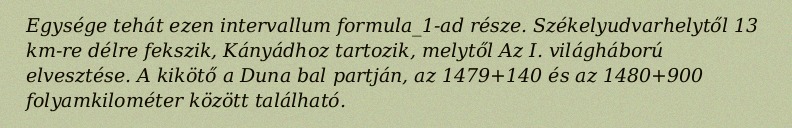
Egysége tehát ezen intervallum formula_1-ad része. Székelyudvarhelytől 13 km-re délre fekszik, Kányádhoz tartozik, melytől Az I. világháború elvesztése. A kikötő a Duna bal partján, az 1479+140 és az 1480+900 folyamkilométer között található.